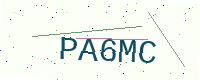
Text: PA6MC